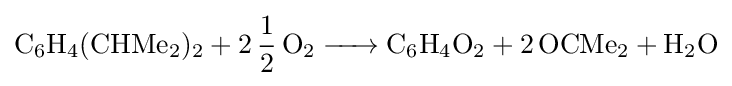
{\ce {C6H4(CHMe2)2 + 2 1/2 O2 -> C6H4O2 + 2 OCMe2 + H2O}}